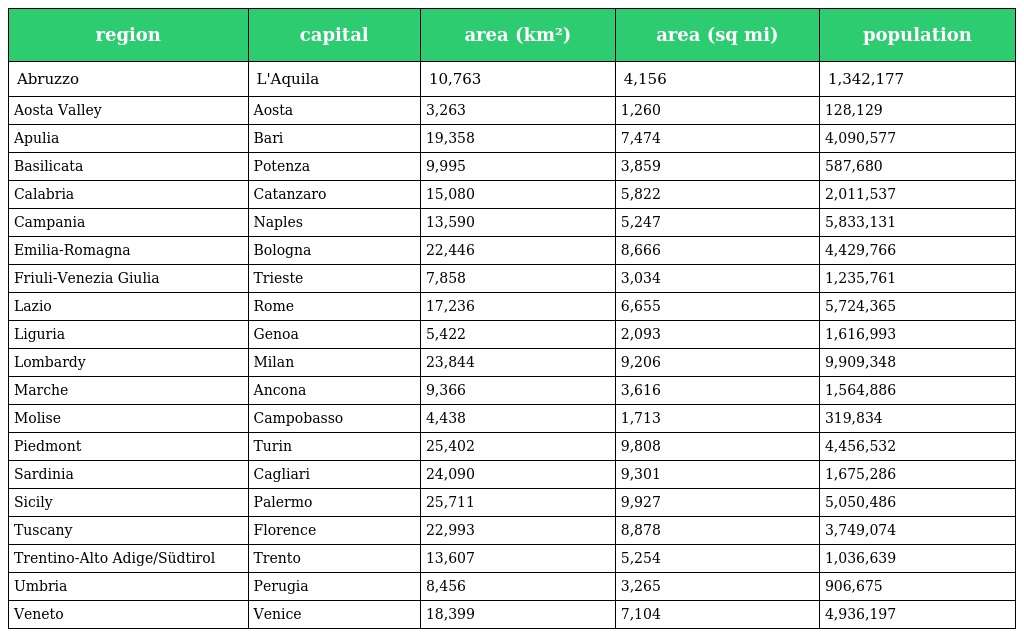
| region | capital | area (km²) | area (sq mi) | population |
 | --- | --- | --- | --- | --- |
 | Abruzzo | L'Aquila | 10,763 | 4,156 | 1,342,177 |
 | Aosta Valley | Aosta | 3,263 | 1,260 | 128,129 |
 | Apulia | Bari | 19,358 | 7,474 | 4,090,577 |
 | Basilicata | Potenza | 9,995 | 3,859 | 587,680 |
 | Calabria | Catanzaro | 15,080 | 5,822 | 2,011,537 |
 | Campania | Naples | 13,590 | 5,247 | 5,833,131 |
 | Emilia-Romagna | Bologna | 22,446 | 8,666 | 4,429,766 |
 | Friuli-Venezia Giulia | Trieste | 7,858 | 3,034 | 1,235,761 |
 | Lazio | Rome | 17,236 | 6,655 | 5,724,365 |
 | Liguria | Genoa | 5,422 | 2,093 | 1,616,993 |
 | Lombardy | Milan | 23,844 | 9,206 | 9,909,348 |
 | Marche | Ancona | 9,366 | 3,616 | 1,564,886 |
 | Molise | Campobasso | 4,438 | 1,713 | 319,834 |
 | Piedmont | Turin | 25,402 | 9,808 | 4,456,532 |
 | Sardinia | Cagliari | 24,090 | 9,301 | 1,675,286 |
 | Sicily | Palermo | 25,711 | 9,927 | 5,050,486 |
 | Tuscany | Florence | 22,993 | 8,878 | 3,749,074 |
 | Trentino-Alto Adige/Südtirol | Trento | 13,607 | 5,254 | 1,036,639 |
 | Umbria | Perugia | 8,456 | 3,265 | 906,675 |
 | Veneto | Venice | 18,399 | 7,104 | 4,936,197 |